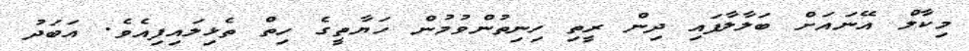
މިކާލް އޭނައަށް ބަލާލާފައި ދިން ރީތި ހިނިތުންވުމުން ހަޔާތީގެ ހިތް ތެޅިލައިފިއެވެ. އަބަދު